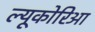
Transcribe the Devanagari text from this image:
ल्यूकोरिआ